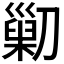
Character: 𠟿